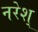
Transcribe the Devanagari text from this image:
नरेश्